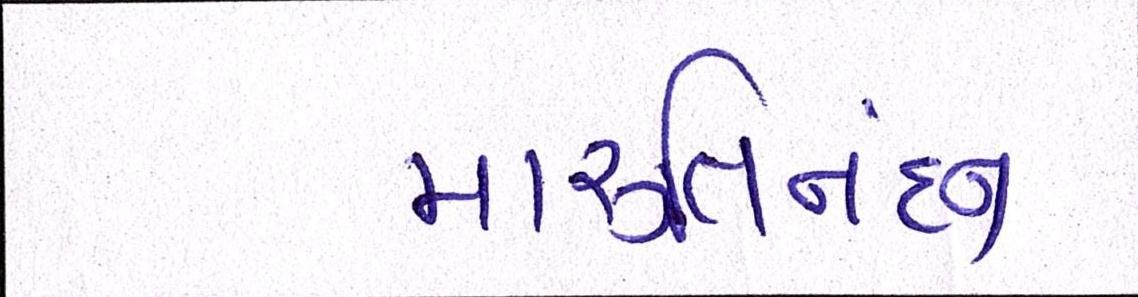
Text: મારૂતિનંદન